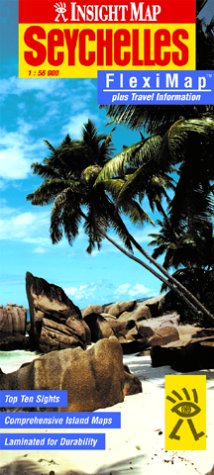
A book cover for Seychelles Insight Fleximap (Insight Flexi Maps); *             ; Travel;